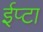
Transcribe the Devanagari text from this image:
ईप्टा